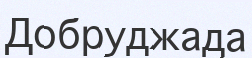
Добруджада